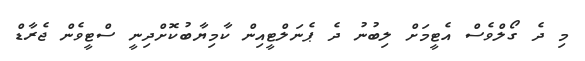
މި ދެ ގޯލްވެސް އެޓީމަށް ލިބުނު ދެ ޕެނަލްޓީއިން ކާމިޔާބުކޮށްދިނީ ސްޓީވެން ޖެރާޑް